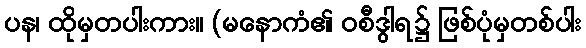
ပန၊ ထိုမှတပါးကား။ (မနောကံ၏ ဝစီဒွါရ၌ ဖြစ်ပုံမှတစ်ပါး